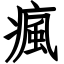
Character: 瘋